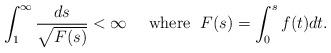
LaTeX: \begin{align*}\int_1^\infty\frac{ds}{\sqrt{F(s)}}<\infty\quad\mbox{ where }\; F(s)=\int_0^s f(t)dt.\end{align*}